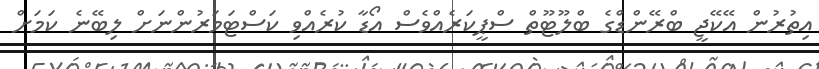
އިތުރުން އޭކޭޖީ ބްރޭންޑްގެ ބްލޫޓޫތް ސްޕީކަރެއްވެސް އޯޑާ ކުރެއްވި ކަސްޓަމަރުންނަށް ލިބޭނެ ކަމަށް